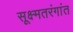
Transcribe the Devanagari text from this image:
सूक्ष्मतरंगांत